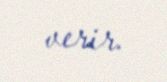
verir.